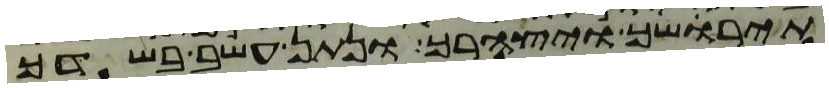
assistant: תירשך ויצהרך ונתן עשב בשדך